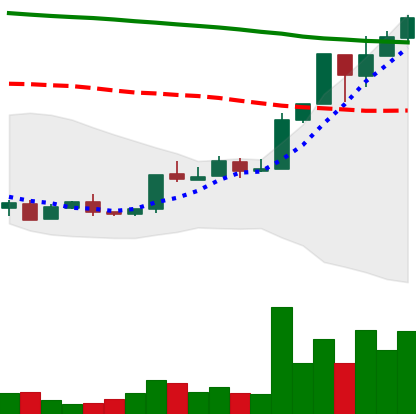
Ticker: XMR-USD
Chart end date: 2018-04-24
Forward return: -13.23%
Label: down_7plus